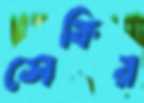
সেকির